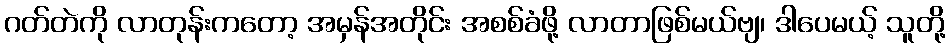
ဂတ်တဲကို လာတုန်းကတော့ အမှန်အတိုင်း အစစ်ခံဖို့ လာတာဖြစ်မယ်ဗျ၊ ဒါပေမယ့် သူတို့